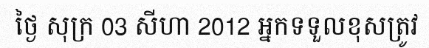
ថ្ងៃ សុក្រ 03 សីហា 2012 អ្នកទទួលខុសត្រូវ